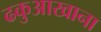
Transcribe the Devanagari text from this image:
ढकुआखाना